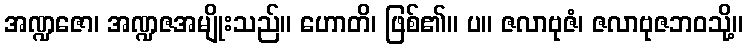
အဏ္ဍဇော၊ အဏ္ဍဇအမျိုးသည်။ ဟောတိ၊ ဖြစ်၏။ ပ။ ဇလာဗုဇံ၊ ဇလာဗုဇဘဝသို့။